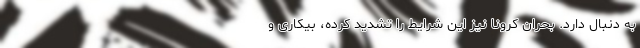
به دنبال دارد. بحران کرونا نیز این شرایط را تشدید کرده، بیکاری‌ و